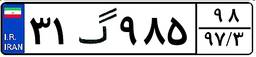
۹۴گ۲۱۵۷۸